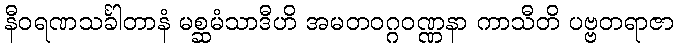
နီဝရဏသင်္ခါတာနံ မစ္ဆမံသာဒီဟိ အမတဝဂ္ဂဝဏ္ဏနာ ကာသီတိ ပဗ္ဗတရာဇာ